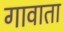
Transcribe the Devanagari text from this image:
गावाता